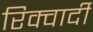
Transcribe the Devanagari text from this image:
रिक्वार्दी